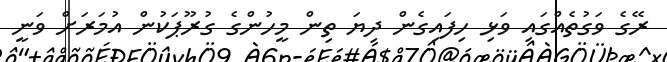
ރޭގެ ވަގުތެއްގައި ވަޅި ހިފައިގެން ދިޔަ ތިން މީހުންގެ ގުރޫޕަކުން އުމަރަށް ވަނީ